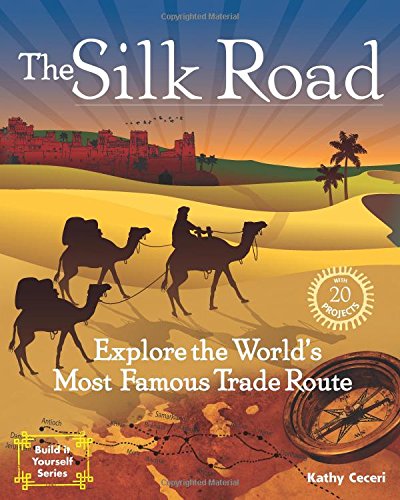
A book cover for The Silk Road: Explore the World's Most Famous Trade Route with 20 Projects (Build It Yourself); Kathy Ceceri; Children's Books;